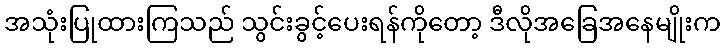
အသုံးပြုထားကြသည် သွင်းခွင့်ပေးရန်ကိုတော့ ဒီလိုအခြေအနေမျိုးက